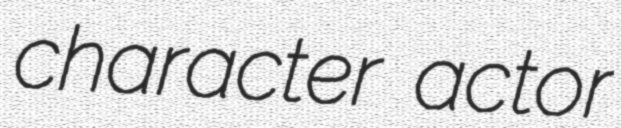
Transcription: character actor